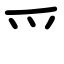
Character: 爫